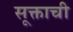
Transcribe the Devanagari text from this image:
सूक्ताची